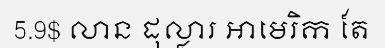
5.9$ លាន ដុល្លារ អាមេរិក តែ